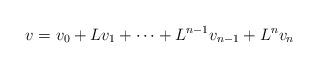
LaTeX: \begin{align*}v=v_0+Lv_1+\dots+L^{n-1}v_{n-1}+L^nv_n\end{align*}